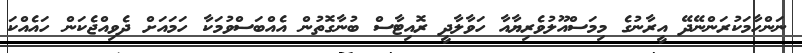
ނަންހާމަކުރަންނޭދޭ އީރާނުގެ މިމަސްއޫލުވެރިޔާއާ ހަވާލާދީ ރޮއިޓާސް ބުނާގޮތުން އެއްބަސްވުމަކާ ހަމައަށް ދެވިއްޖެކަން ހައެއްކަ